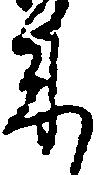
来